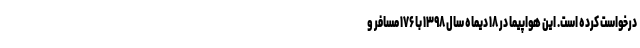
درخواست کرده است. این هواپیما در ۱۸ دیماه سال ۱۳۹۸ با ۱۷۶ مسافر و